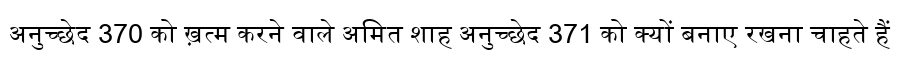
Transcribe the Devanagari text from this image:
अनुच्छेद 370 को ख़त्म करने वाले अमित शाह अनुच्छेद 371 को क्यों बनाए रखना चाहते हैं